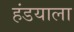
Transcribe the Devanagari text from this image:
हंडयाला